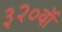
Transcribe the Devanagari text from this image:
३२०वॉ